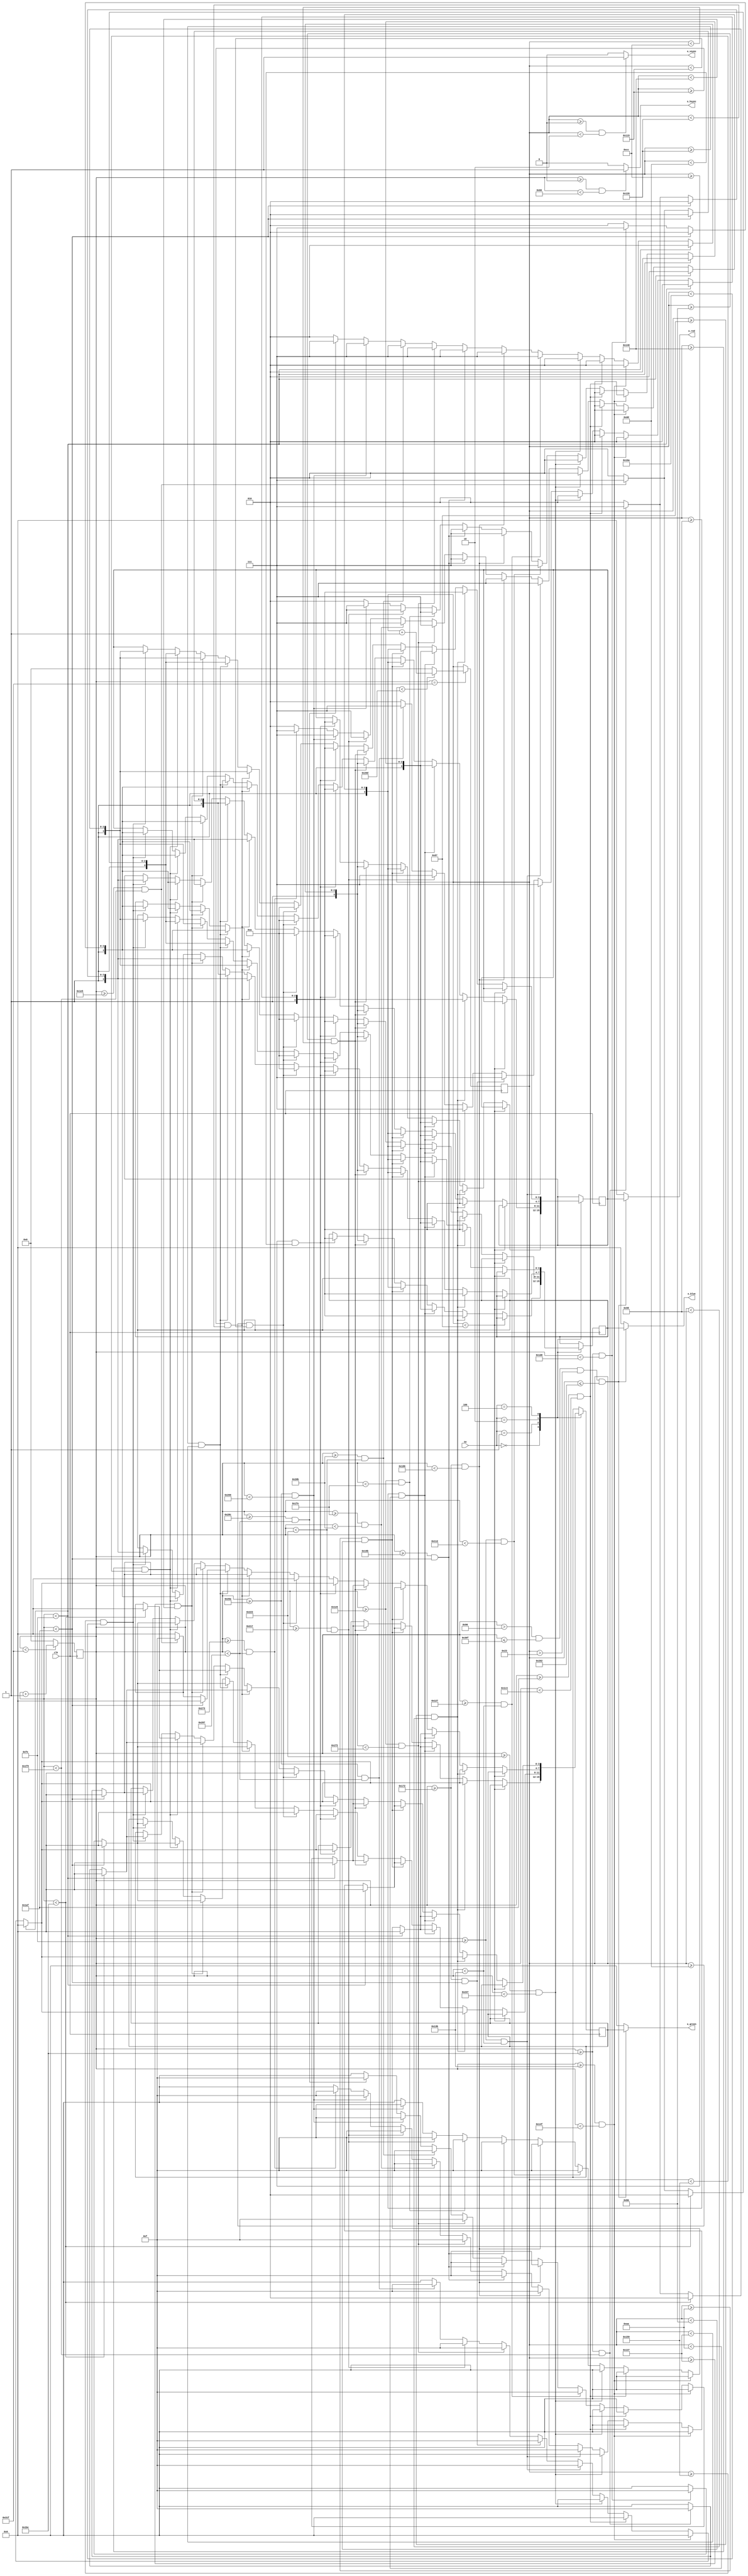
// all correlated to song number output visual on external monitor

`timescale 1ns / 1ps
//////////////////////////////////////////////////////////////////////////////////
// Company: 
// Engineer: 
// 
// Design Name: 
// Module Name: vga_out
// Project Name: 
// Target Devices: 
// Tool Versions: 
// Description: 
// 
// Dependencies: 
// 
// Revision:
// Revision 0.01 - File Created
// Additional Comments:
// 
//////////////////////////////////////////////////////////////////////////////////

module vga_out(

	input clk,         // 50 MHz
	input [3:0] sw,
	output o_hsync,      // horizontal sync
	output o_vsync,	     // vertical sync
	output [3:0] o_red,
	output [3:0] o_blue,
	output [3:0] o_green  
);

	reg [9:0] counter_x = 0;  // horizontal counter
	reg [9:0] counter_y = 0;  // vertical counter
	reg [3:0] r_red = 0;
	reg [3:0] r_blue = 0;
	reg [3:0] r_green = 0;
	
	reg reset = 0;  // for PLL
	
//	wire clk25MHz;

	/////////////////////////////////////////////////////////////////////////////////////////////////////////////////////////////////
	// clk divider 50 MHz to 25 MHz
	/*ip ip1(
		.areset(reset),
		.inclk0(clk),
		.c0(clk25MHz),
		.locked()
		); */
	/*clk_div #(1) clk25mhz
    (
    . top_clk(clk),
    . clock_out(clk25MHz)
    ); */
	// end clk divider 50 MHz to 25 MHz

	/////////////////////////////////////////////////////////////////////////////////////////////////////////////////////////////////
	// counter and sync generation
	always @(posedge clk)  // horizontal counter
		begin 
			if (counter_x < 799)
				counter_x <= counter_x + 1;  // horizontal counter (including off-screen horizontal 160 pixels) total of 800 pixels 
			else
				counter_x <= 0;              
		end  // always 
	
	always @ (posedge clk)  // vertical counter
		begin 
			if (counter_x == 799)  // only counts up 1 count after horizontal finishes 800 counts
				begin
					if (counter_y < 525)  // vertical counter (including off-screen vertical 45 pixels) total of 525 pixels
						counter_y <= counter_y + 1;
					else
						counter_y <= 0;              
				end  // if (counter_x...
		end  // always
	// end counter and sync generation  

	/////////////////////////////////////////////////////////////////////////////////////////////////////////////////////////////////
	// hsync and vsync output assignments
	assign o_hsync = (counter_x >= 0 && counter_x < 96) ? 1:0;  // hsync high for 96 counts                                                 
	assign o_vsync = (counter_y >= 0 && counter_y < 2) ? 1:0;   // vsync high for 2 counts
	// end hsync and vsync output assignments

	/////////////////////////////////////////////////////////////////////////////////////////////////////////////////////////////////
	// pattern generate
		always @ (posedge clk)
		begin
			////////////////////////////////////////////////////////////////////////////////////// SECTION 1
			case(sw)

            4'b0000: // SONG
                if(counter_y < 135)
			         begin
			         end
			     else if(counter_y >= 135 && counter_y < 152)
			         begin
			             if(counter_x < 254)
			                 begin
                                r_red <= 4'hA;    // other
                                r_blue <= 4'hA;
                                r_green <= 4'h0;
			                 end
			             else if(counter_x >= 315 && counter_x < 335)
			                 begin
                                r_red <= 4'hA;    // other
                                r_blue <= 4'hA;
                                r_green <= 4'h0;
			                 end
			             else if(counter_x >= 431 && counter_x < 451)
			                 begin
                                r_red <= 4'hA;    // other
                                r_blue <= 4'hA;
                                r_green <= 4'h0;
			                 end
			             else if(counter_x >= 547 && counter_x < 567)
			                 begin
                                r_red <= 4'hA;    // other
                                r_blue <= 4'hA;
                                r_green <= 4'h0;
			                 end
			             else if (counter_x >= 254 && counter_x < 315)
			                 begin
                                r_red <= 4'hF;    // white
                                r_blue <= 4'hF;
                                r_green <= 4'hF;
			                 end
			             else if(counter_x >= 370 && counter_x < 431)
			                 begin
                                r_red <= 4'hF;    // white
                                r_blue <= 4'hF;
                                r_green <= 4'hF;
			                 end
			             else if(counter_x >= 486 && counter_x < 498)
			                 begin
                                r_red <= 4'hF;    // white
                                r_blue <= 4'hF;
                                r_green <= 4'hF;
			                 end
			             else if(counter_x >= 535 && counter_x < 547)
			                 begin
                                r_red <= 4'hF;    // white
                                r_blue <= 4'hF;
                                r_green <= 4'hF;
			                 end
			             else if(counter_x >= 602 && counter_x < 663)
			                 begin
                                r_red <= 4'hF;    // white
                                r_blue <= 4'hF;
                                r_green <= 4'hF;
			                 end
			             else
			                 begin
                                r_red <= 4'hA;    // other
                                r_blue <= 4'hA;
                                r_green <= 4'h0;
			                 end
			         end
			     else if(counter_y >= 152 && counter_y < 170)
			         begin
			             if(counter_x < 254)
			                 begin
                                r_red <= 4'hA;    // other
                                r_blue <= 4'hA;
                                r_green <= 4'h0;
			                 end
			             else if(counter_x >= 315 && counter_x < 335)
			                 begin
                                r_red <= 4'hA;    // other
                                r_blue <= 4'hA;
                                r_green <= 4'h0;
			                 end
			             else if(counter_x >= 431 && counter_x < 451)
			                 begin
                                r_red <= 4'hA;    // other
                                r_blue <= 4'hA;
                                r_green <= 4'h0;
			                 end
			             else if(counter_x >= 547 && counter_x < 567)
			                 begin
                                r_red <= 4'hA;    // other
                                r_blue <= 4'hA;
                                r_green <= 4'h0;
			                 end			     
			             else if(counter_x >= 254 && counter_x < 274)
			                 begin
                                r_red <= 4'hF;    // white
                                r_blue <= 4'hF;
                                r_green <= 4'hF;
			                 end
			             else if(counter_x >= 370 && counter_x < 390)
			                 begin
                                r_red <= 4'hF;    // white
                                r_blue <= 4'hF;
                                r_green <= 4'hF;
			                 end
			             else if(counter_x >= 411 && counter_x < 431)
			                 begin
                                r_red <= 4'hF;    // white
                                r_blue <= 4'hF;
                                r_green <= 4'hF;
			                 end
			             else if(counter_x >= 486 && counter_x < 510)
			                 begin
                                r_red <= 4'hF;    // white
                                r_blue <= 4'hF;
                                r_green <= 4'hF;
			                 end
			             else if(counter_x >= 535 && counter_x < 547)
			                 begin
                                r_red <= 4'hF;    // white
                                r_blue <= 4'hF;
                                r_green <= 4'hF;
			                 end
			             else if(counter_x >= 602 && counter_x < 614)
			                 begin
                                r_red <= 4'hF;    // white
                                r_blue <= 4'hF;
                                r_green <= 4'hF;
			                 end
			             else 
			                 begin
                                r_red <= 4'hA;    // other
                                r_blue <= 4'hA;
                                r_green <= 4'h0;
			                 end
			         end
			     else if(counter_y >= 170 && counter_y < 187)
			         begin
			             if(counter_x < 254)
			                 begin
                                r_red <= 4'hA;    // other
                                r_blue <= 4'hA;
                                r_green <= 4'h0;
			                 end
			             else if(counter_x >= 315 && counter_x < 335)
			                 begin
                                r_red <= 4'hA;    // other
                                r_blue <= 4'hA;
                                r_green <= 4'h0;
			                 end
			             else if(counter_x >= 431 && counter_x < 451)
			                 begin
                                r_red <= 4'hA;    // other
                                r_blue <= 4'hA;
                                r_green <= 4'h0;
			                 end
			             else if(counter_x >= 547 && counter_x < 567)
			                 begin
                                r_red <= 4'hA;    // other
                                r_blue <= 4'hA;
                                r_green <= 4'h0;
			                 end			    
			             else if(counter_x >= 254 && counter_x < 315)
			                 begin
                                r_red <= 4'hF;    // white
                                r_blue <= 4'hF;
                                r_green <= 4'hF;
			                 end
			             else if(counter_x >= 370 && counter_x < 390)
			                 begin
                                r_red <= 4'hF;    // white
                                r_blue <= 4'hF;
                                r_green <= 4'hF;
			                 end   
			             else if(counter_x >= 411 && counter_x < 431)
			                 begin
                                r_red <= 4'hF;    // white
                                r_blue <= 4'hF;
                                r_green <= 4'hF;
			                 end
			             else if(counter_x >= 486 && counter_x < 498)
			                 begin
                                r_red <= 4'hF;    // white
                                r_blue <= 4'hF;
                                r_green <= 4'hF;
			                 end
			             else if(counter_x >= 510 && counter_x < 523)
			                 begin
                                r_red <= 4'hF;    // white
                                r_blue <= 4'hF;
                                r_green <= 4'hF;
			                 end
			             else if(counter_x >= 535 && counter_x < 547)
			                 begin
                                r_red <= 4'hF;    // white
                                r_blue <= 4'hF;
                                r_green <= 4'hF;
			                 end
			             else if(counter_x >= 602 && counter_x < 614)
			                 begin
                                r_red <= 4'hF;    // white
                                r_blue <= 4'hF;
                                r_green <= 4'hF;
			                 end
			             else if(counter_x >= 627 && counter_x < 663)
			                 begin
                                r_red <= 4'hF;    // white
                                r_blue <= 4'hF;
                                r_green <= 4'hF;
			                 end
			             else
			                 begin
                                r_red <= 4'hA;    // other
                                r_blue <= 4'hA;
                                r_green <= 4'h0;
			                 end
			         end 
			     else if(counter_y >= 187 && counter_y < 204)
			         begin
			             if(counter_x < 254)
			                 begin
                                r_red <= 4'hA;    // other
                                r_blue <= 4'hA;
                                r_green <= 4'h0;
			                 end
			             else if(counter_x >= 315 && counter_x < 335)
			                 begin
                                r_red <= 4'hA;    // other
                                r_blue <= 4'hA;
                                r_green <= 4'h0;
			                 end
			             else if(counter_x >= 431 && counter_x < 451)
			                 begin
                                r_red <= 4'hA;    // other
                                r_blue <= 4'hA;
                                r_green <= 4'h0;
			                 end
			             else if(counter_x >= 547 && counter_x < 567)
			                 begin
                                r_red <= 4'hA;    // other
                                r_blue <= 4'hA;
                                r_green <= 4'h0;
			                 end			    
			             else if(counter_x >= 295 && counter_x < 315)
			                 begin
                                r_red <= 4'hF;    // white
                                r_blue <= 4'hF;
                                r_green <= 4'hF;
			                 end
			             else if(counter_x >= 370 && counter_x < 390)
			                 begin
                                r_red <= 4'hF;    // white
                                r_blue <= 4'hF;
                                r_green <= 4'hF;
			                 end
			             else if(counter_x >= 411 && counter_x < 431)
			                 begin
                                r_red <= 4'hF;    // white
                                r_blue <= 4'hF;
                                r_green <= 4'hF;
			                 end
			             else if(counter_x >= 486 && counter_x < 498)
			                 begin
                                r_red <= 4'hF;    // white
                                r_blue <= 4'hF;
                                r_green <= 4'hF;
			                 end
			             else if(counter_x >= 523 && counter_x < 547)
			                 begin
                                r_red <= 4'hF;    // white
                                r_blue <= 4'hF;
                                r_green <= 4'hF;
			                 end
			             else if(counter_x >= 602 && counter_x < 614)
			                 begin
                                r_red <= 4'hF;    // white
                                r_blue <= 4'hF;
                                r_green <= 4'hF;
			                 end
			             else if(counter_x >= 652 && counter_x < 663)
			                 begin 
                                r_red <= 4'hF;    // white
                                r_blue <= 4'hF;
                                r_green <= 4'hF;
			                 end
			             else
			                 begin
                                r_red <= 4'hA;    // other
                                r_blue <= 4'hA;
                                r_green <= 4'h0;			                 
			                 end
			         end
			     else if(counter_y >= 204 && counter_y < 221)
			         begin
			             if(counter_x < 254)
			                 begin
                                r_red <= 4'hA;    // other
                                r_blue <= 4'hA;
                                r_green <= 4'h0;			                 
			                 end
			             else if(counter_x >= 315 && counter_x < 335)
			                 begin
                                r_red <= 4'hA;    // other
                                r_blue <= 4'hA;
                                r_green <= 4'h0;			                 end
			             else if(counter_x >= 431 && counter_x < 451)
			                 begin
                                r_red <= 4'hA;    // other
                                r_blue <= 4'hA;
                                r_green <= 4'h0;			                 
			                 end
			             else if(counter_x >= 547 && counter_x < 567)
			                 begin
                                r_red <= 4'hA;    // other
                                r_blue <= 4'hA;
                                r_green <= 4'h0;
			                 end			
			             else if(counter_x >= 254 && counter_x < 315)
			                 begin
                                r_red <= 4'hF;    // white
                                r_blue <= 4'hF;
                                r_green <= 4'hF;
			                 end
			             else if(counter_x >= 370 && counter_x < 431)
			                 begin
                                r_red <= 4'hF;    // white
                                r_blue <= 4'hF;
                                r_green <= 4'hF;
			                 end             
			             else if(counter_x >= 486 && counter_x < 498)
			                 begin
                                r_red <= 4'hF;    // white
                                r_blue <= 4'hF;
                                r_green <= 4'hF;
			                 end
			             else if(counter_x >= 535 && counter_x < 547)
			                 begin
                                r_red <= 4'hF;    // white
                                r_blue <= 4'hF;
                                r_green <= 4'hF;
			                 end
			             else if( counter_x >= 602 && counter_x < 663)
			                 begin 
                                r_red <= 4'hF;    // white
                                r_blue <= 4'hF;
                                r_green <= 4'hF;
			                 end
			             else
			                 begin
                                r_red <= 4'hA;    // other
                                r_blue <= 4'hA;
                                r_green <= 4'h0;
			                 end
			         end



4'b0001: // SONG 1

			     if(counter_y < 135)
			         begin
			         end
			     else if(counter_y >= 135 && counter_y < 152)
			         begin
			             if(counter_x < 254)
			                 begin
                                r_red <= 4'hA;    // other
                                r_blue <= 4'hA;
                                r_green <= 4'h0;
			                 end
			             else if(counter_x >= 315 && counter_x < 335)
			                 begin
                                r_red <= 4'hA;    // other
                                r_blue <= 4'hA;
                                r_green <= 4'h0;
			                 end
			             else if(counter_x >= 431 && counter_x < 451)
			                 begin
                                r_red <= 4'hA;    // other
                                r_blue <= 4'hA;
                                r_green <= 4'h0;
			                 end
			             else if(counter_x >= 547 && counter_x < 567)
			                 begin
                                r_red <= 4'hA;    // other
                                r_blue <= 4'hA;
                                r_green <= 4'h0;
			                 end
			             else if (counter_x >= 254 && counter_x < 315)
			                 begin
                                r_red <= 4'hF;    // white
                                r_blue <= 4'hF;
                                r_green <= 4'hF;
			                 end
			             else if(counter_x >= 370 && counter_x < 431)
			                 begin
                                r_red <= 4'hF;    // white
                                r_blue <= 4'hF;
                                r_green <= 4'hF;
			                 end
			             else if(counter_x >= 486 && counter_x < 498)
			                 begin
                                r_red <= 4'hF;    // white
                                r_blue <= 4'hF;
                                r_green <= 4'hF;
			                 end
			             else if(counter_x >= 535 && counter_x < 547)
			                 begin
                                r_red <= 4'hF;    // white
                                r_blue <= 4'hF;
                                r_green <= 4'hF;
			                 end
			             else if(counter_x >= 602 && counter_x < 663)
			                 begin
                                r_red <= 4'hF;    // white
                                r_blue <= 4'hF;
                                r_green <= 4'hF;
			                 end
			             else
			                 begin
                                r_red <= 4'hA;    // other
                                r_blue <= 4'hA;
                                r_green <= 4'h0;
			                 end
			         end
			     else if(counter_y >= 152 && counter_y < 170)
			         begin
			             if(counter_x < 254)
			                 begin
                                r_red <= 4'hA;    // other
                                r_blue <= 4'hA;
                                r_green <= 4'h0;
			                 end
			             else if(counter_x >= 315 && counter_x < 335)
			                 begin
                                r_red <= 4'hA;    // other
                                r_blue <= 4'hA;
                                r_green <= 4'h0;
			                 end
			             else if(counter_x >= 431 && counter_x < 451)
			                 begin
                                r_red <= 4'hA;    // other
                                r_blue <= 4'hA;
                                r_green <= 4'h0;
			                 end
			             else if(counter_x >= 547 && counter_x < 567)
			                 begin
                                r_red <= 4'hA;    // other
                                r_blue <= 4'hA;
                                r_green <= 4'h0;
			                 end			     
			             else if(counter_x >= 254 && counter_x < 274)
			                 begin
                                r_red <= 4'hF;    // white
                                r_blue <= 4'hF;
                                r_green <= 4'hF;
			                 end
			             else if(counter_x >= 370 && counter_x < 390)
			                 begin
                                r_red <= 4'hF;    // white
                                r_blue <= 4'hF;
                                r_green <= 4'hF;
			                 end
			             else if(counter_x >= 411 && counter_x < 431)
			                 begin
                                r_red <= 4'hF;    // white
                                r_blue <= 4'hF;
                                r_green <= 4'hF;
			                 end
			             else if(counter_x >= 486 && counter_x < 510)
			                 begin
                                r_red <= 4'hF;    // white
                                r_blue <= 4'hF;
                                r_green <= 4'hF;
			                 end
			             else if(counter_x >= 535 && counter_x < 547)
			                 begin
                                r_red <= 4'hF;    // white
                                r_blue <= 4'hF;
                                r_green <= 4'hF;
			                 end
			             else if(counter_x >= 602 && counter_x < 614)
			                 begin
                                r_red <= 4'hF;    // white
                                r_blue <= 4'hF;
                                r_green <= 4'hF;
			                 end
			             else 
			                 begin
                                r_red <= 4'hA;    // other
                                r_blue <= 4'hA;
                                r_green <= 4'h0;
			                 end
			         end
			     else if(counter_y >= 170 && counter_y < 187)
			         begin
			             if(counter_x < 254)
			                 begin
                                r_red <= 4'hA;    // other
                                r_blue <= 4'hA;
                                r_green <= 4'h0;
			                 end
			             else if(counter_x >= 315 && counter_x < 335)
			                 begin
                                r_red <= 4'hA;    // other
                                r_blue <= 4'hA;
                                r_green <= 4'h0;
			                 end
			             else if(counter_x >= 431 && counter_x < 451)
			                 begin
                                r_red <= 4'hA;    // other
                                r_blue <= 4'hA;
                                r_green <= 4'h0;
			                 end
			             else if(counter_x >= 547 && counter_x < 567)
			                 begin
                                r_red <= 4'hA;    // other
                                r_blue <= 4'hA;
                                r_green <= 4'h0;
			                 end			    
			             else if(counter_x >= 254 && counter_x < 315)
			                 begin
                                r_red <= 4'hF;    // white
                                r_blue <= 4'hF;
                                r_green <= 4'hF;
			                 end
			             else if(counter_x >= 370 && counter_x < 390)
			                 begin
                                r_red <= 4'hF;    // white
                                r_blue <= 4'hF;
                                r_green <= 4'hF;
			                 end   
			             else if(counter_x >= 411 && counter_x < 431)
			                 begin
                                r_red <= 4'hF;    // white
                                r_blue <= 4'hF;
                                r_green <= 4'hF;
			                 end
			             else if(counter_x >= 486 && counter_x < 498)
			                 begin
                                r_red <= 4'hF;    // white
                                r_blue <= 4'hF;
                                r_green <= 4'hF;
			                 end
			             else if(counter_x >= 510 && counter_x < 523)
			                 begin
                                r_red <= 4'hF;    // white
                                r_blue <= 4'hF;
                                r_green <= 4'hF;
			                 end
			             else if(counter_x >= 535 && counter_x < 547)
			                 begin
                                r_red <= 4'hF;    // white
                                r_blue <= 4'hF;
                                r_green <= 4'hF;
			                 end
			             else if(counter_x >= 602 && counter_x < 614)
			                 begin
                                r_red <= 4'hF;    // white
                                r_blue <= 4'hF;
                                r_green <= 4'hF;
			                 end
			             else if(counter_x >= 627 && counter_x < 663)
			                 begin
                                r_red <= 4'hF;    // white
                                r_blue <= 4'hF;
                                r_green <= 4'hF;
			                 end
			             else
			                 begin
                                r_red <= 4'hA;    // other
                                r_blue <= 4'hA;
                                r_green <= 4'h0;
			                 end
			         end 
			     else if(counter_y >= 187 && counter_y < 204)
			         begin
			             if(counter_x < 254)
			                 begin
                                r_red <= 4'hA;    // other
                                r_blue <= 4'hA;
                                r_green <= 4'h0;
			                 end
			             else if(counter_x >= 315 && counter_x < 335)
			                 begin
                                r_red <= 4'hA;    // other
                                r_blue <= 4'hA;
                                r_green <= 4'h0;
			                 end
			             else if(counter_x >= 431 && counter_x < 451)
			                 begin
                                r_red <= 4'hA;    // other
                                r_blue <= 4'hA;
                                r_green <= 4'h0;
			                 end
			             else if(counter_x >= 547 && counter_x < 567)
			                 begin
                                r_red <= 4'hA;    // other
                                r_blue <= 4'hA;
                                r_green <= 4'h0;
			                 end			    
			             else if(counter_x >= 295 && counter_x < 315)
			                 begin
                                r_red <= 4'hF;    // white
                                r_blue <= 4'hF;
                                r_green <= 4'hF;
			                 end
			             else if(counter_x >= 370 && counter_x < 390)
			                 begin
                                r_red <= 4'hF;    // white
                                r_blue <= 4'hF;
                                r_green <= 4'hF;
			                 end
			             else if(counter_x >= 411 && counter_x < 431)
			                 begin
                                r_red <= 4'hF;    // white
                                r_blue <= 4'hF;
                                r_green <= 4'hF;
			                 end
			             else if(counter_x >= 486 && counter_x < 498)
			                 begin
                                r_red <= 4'hF;    // white
                                r_blue <= 4'hF;
                                r_green <= 4'hF;
			                 end
			             else if(counter_x >= 523 && counter_x < 547)
			                 begin
                                r_red <= 4'hF;    // white
                                r_blue <= 4'hF;
                                r_green <= 4'hF;
			                 end
			             else if(counter_x >= 602 && counter_x < 614)
			                 begin
                                r_red <= 4'hF;    // white
                                r_blue <= 4'hF;
                                r_green <= 4'hF;
			                 end
			             else if(counter_x >= 652 && counter_x < 663)
			                 begin 
                                r_red <= 4'hF;    // white
                                r_blue <= 4'hF;
                                r_green <= 4'hF;
			                 end
			             else
			                 begin
                                r_red <= 4'hA;    // other
                                r_blue <= 4'hA;
                                r_green <= 4'h0;			                 
			                 end
			         end
			     else if(counter_y >= 204 && counter_y < 221)
			         begin
			             if(counter_x < 254)
			                 begin
                                r_red <= 4'hA;    // other
                                r_blue <= 4'hA;
                                r_green <= 4'h0;			                 
			                 end
			             else if(counter_x >= 315 && counter_x < 335)
			                 begin
                                r_red <= 4'hA;    // other
                                r_blue <= 4'hA;
                                r_green <= 4'h0;			                 end
			             else if(counter_x >= 431 && counter_x < 451)
			                 begin
                                r_red <= 4'hA;    // other
                                r_blue <= 4'hA;
                                r_green <= 4'h0;			                 
			                 end
			             else if(counter_x >= 547 && counter_x < 567)
			                 begin
                                r_red <= 4'hA;    // other
                                r_blue <= 4'hA;
                                r_green <= 4'h0;
			                 end			
			             else if(counter_x >= 254 && counter_x < 315)
			                 begin
                                r_red <= 4'hF;    // white
                                r_blue <= 4'hF;
                                r_green <= 4'hF;
			                 end
			             else if(counter_x >= 370 && counter_x < 431)
			                 begin
                                r_red <= 4'hF;    // white
                                r_blue <= 4'hF;
                                r_green <= 4'hF;
			                 end             
			             else if(counter_x >= 486 && counter_x < 498)
			                 begin
                                r_red <= 4'hF;    // white
                                r_blue <= 4'hF;
                                r_green <= 4'hF;
			                 end
			             else if(counter_x >= 535 && counter_x < 547)
			                 begin
                                r_red <= 4'hF;    // white
                                r_blue <= 4'hF;
                                r_green <= 4'hF;
			                 end
			             else if( counter_x >= 602 && counter_x < 663)
			                 begin 
                                r_red <= 4'hF;    // white
                                r_blue <= 4'hF;
                                r_green <= 4'hF;
			                 end
			             else
			                 begin
                                r_red <= 4'hA;    // other
                                r_blue <= 4'hA;
                                r_green <= 4'h0;
			                 end
			         end   
			  else if(counter_y >= 221 && counter_y < 277)
                    begin 
                                r_red <= 4'hA;    // other
                                r_blue <= 4'hA;
                                r_green <= 4'h0;                          
                    end    
             else if(counter_y >= 277 && counter_y < 294)
                    begin
                        if(counter_x < 431) 
                            begin
                                r_red <= 4'hA;    // other
                                r_blue <= 4'hA;
                                r_green <= 4'h0;
                            end
                        else if(counter_x >= 444 && counter_x < 464)
                            begin
                                r_red <= 4'hF;    // white
                                r_blue <= 4'hF;
                                r_green <= 4'hF;
                            end  
                        else
                            begin
                                r_red <= 4'hA;    // other
                                r_blue <= 4'hA;
                                r_green <= 4'h0;
                            end
                    end
              else if(counter_y >= 294 && counter_y < 311)
                    begin
                        if(counter_x < 431)
                            begin
                                r_red <= 4'hA;    // other
                                r_blue <= 4'hA;
                                r_green <= 4'h0;
                            end
                        else if(counter_x >= 444 && counter_x < 464)
                            begin
                                r_red <= 4'hF;    // white
                                r_blue <= 4'hF;
                                r_green <= 4'hF;
                            end
                        else
                            begin
                                r_red <= 4'hA;    // other
                                r_blue <= 4'hA;
                                r_green <= 4'h0;
                            end
                    end
              else if(counter_y >= 311 && counter_y < 328)
                    begin
                        if(counter_x < 431)
                            begin
                                r_red <= 4'hA;    // other
                                r_blue <= 4'hA;
                                r_green <= 4'h0;
                            end
                        else if(counter_x >= 444 && counter_x < 464)
                            begin
                                r_red <= 4'hF;    // white
                                r_blue <= 4'hF;
                                r_green <= 4'hF;
                            end                 
                        else
                            begin
                                r_red <= 4'hA;    // other
                                r_blue <= 4'hA;
                                r_green <= 4'h0;                            
                            end   
                    end
              else if(counter_y >= 328 && counter_y < 345)
                begin
                        if(counter_x < 431)
                            begin
                                r_red <= 4'hA;    // other
                                r_blue <= 4'hA;
                                r_green <= 4'h0;
                            end
                        else if(counter_x >= 444 && counter_x < 464)
                            begin
                                r_red <= 4'hF;    // white
                                r_blue <= 4'hF;
                                r_green <= 4'hF;                            
                            end                
                        else
                            begin
                                r_red <= 4'hA;    // other
                                r_blue <= 4'hA;
                                r_green <= 4'h0;
                            end
                end
             else if(counter_y >= 345 && counter_y < 362)
                begin
                        if(counter_x < 431)
                            begin
                                r_red <= 4'hA;    // other
                                r_blue <= 4'hA;
                                r_green <= 4'h0;
                            end
                        else if(counter_x >= 444 && counter_x < 464)
                            begin
                                r_red <= 4'hF;    // white
                                r_blue <= 4'hF;
                                r_green <= 4'hF;
                            end
                        else
                            begin
                                r_red <= 4'hA;    // other
                                r_blue <= 4'hA;
                                r_green <= 4'h0;
                            end
                end

4'b0010: // SONG 2

			     if(counter_y < 135)
			         begin
			         end
			     else if(counter_y >= 135 && counter_y < 152)
			         begin
			             if(counter_x < 254)
			                 begin
                                r_red <= 4'hA;    // other
                                r_blue <= 4'hA;
                                r_green <= 4'h0;
			                 end
			             else if(counter_x >= 315 && counter_x < 335)
			                 begin
                                r_red <= 4'hA;    // other
                                r_blue <= 4'hA;
                                r_green <= 4'h0;
			                 end
			             else if(counter_x >= 431 && counter_x < 451)
			                 begin
                                r_red <= 4'hA;    // other
                                r_blue <= 4'hA;
                                r_green <= 4'h0;
			                 end
			             else if(counter_x >= 547 && counter_x < 567)
			                 begin
                                r_red <= 4'hA;    // other
                                r_blue <= 4'hA;
                                r_green <= 4'h0;
			                 end
			             else if (counter_x >= 254 && counter_x < 315)
			                 begin
                                r_red <= 4'hF;    // white
                                r_blue <= 4'hF;
                                r_green <= 4'hF;
			                 end
			             else if(counter_x >= 370 && counter_x < 431)
			                 begin
                                r_red <= 4'hF;    // white
                                r_blue <= 4'hF;
                                r_green <= 4'hF;
			                 end
			             else if(counter_x >= 486 && counter_x < 498)
			                 begin
                                r_red <= 4'hF;    // white
                                r_blue <= 4'hF;
                                r_green <= 4'hF;
			                 end
			             else if(counter_x >= 535 && counter_x < 547)
			                 begin
                                r_red <= 4'hF;    // white
                                r_blue <= 4'hF;
                                r_green <= 4'hF;
			                 end
			             else if(counter_x >= 602 && counter_x < 663)
			                 begin
                                r_red <= 4'hF;    // white
                                r_blue <= 4'hF;
                                r_green <= 4'hF;
			                 end
			             else
			                 begin
                                r_red <= 4'hA;    // other
                                r_blue <= 4'hA;
                                r_green <= 4'h0;
			                 end
			         end
			     else if(counter_y >= 152 && counter_y < 170)
			         begin
			             if(counter_x < 254)
			                 begin
                                r_red <= 4'hA;    // other
                                r_blue <= 4'hA;
                                r_green <= 4'h0;
			                 end
			             else if(counter_x >= 315 && counter_x < 335)
			                 begin
                                r_red <= 4'hA;    // other
                                r_blue <= 4'hA;
                                r_green <= 4'h0;
			                 end
			             else if(counter_x >= 431 && counter_x < 451)
			                 begin
                                r_red <= 4'hA;    // other
                                r_blue <= 4'hA;
                                r_green <= 4'h0;
			                 end
			             else if(counter_x >= 547 && counter_x < 567)
			                 begin
                                r_red <= 4'hA;    // other
                                r_blue <= 4'hA;
                                r_green <= 4'h0;
			                 end			     
			             else if(counter_x >= 254 && counter_x < 274)
			                 begin
                                r_red <= 4'hF;    // white
                                r_blue <= 4'hF;
                                r_green <= 4'hF;
			                 end
			             else if(counter_x >= 370 && counter_x < 390)
			                 begin
                                r_red <= 4'hF;    // white
                                r_blue <= 4'hF;
                                r_green <= 4'hF;
			                 end
			             else if(counter_x >= 411 && counter_x < 431)
			                 begin
                                r_red <= 4'hF;    // white
                                r_blue <= 4'hF;
                                r_green <= 4'hF;
			                 end
			             else if(counter_x >= 486 && counter_x < 510)
			                 begin
                                r_red <= 4'hF;    // white
                                r_blue <= 4'hF;
                                r_green <= 4'hF;
			                 end
			             else if(counter_x >= 535 && counter_x < 547)
			                 begin
                                r_red <= 4'hF;    // white
                                r_blue <= 4'hF;
                                r_green <= 4'hF;
			                 end
			             else if(counter_x >= 602 && counter_x < 614)
			                 begin
                                r_red <= 4'hF;    // white
                                r_blue <= 4'hF;
                                r_green <= 4'hF;
			                 end
			             else 
			                 begin
                                r_red <= 4'hA;    // other
                                r_blue <= 4'hA;
                                r_green <= 4'h0;
			                 end
			         end
			     else if(counter_y >= 170 && counter_y < 187)
			         begin
			             if(counter_x < 254)
			                 begin
                                r_red <= 4'hA;    // other
                                r_blue <= 4'hA;
                                r_green <= 4'h0;
			                 end
			             else if(counter_x >= 315 && counter_x < 335)
			                 begin
                                r_red <= 4'hA;    // other
                                r_blue <= 4'hA;
                                r_green <= 4'h0;
			                 end
			             else if(counter_x >= 431 && counter_x < 451)
			                 begin
                                r_red <= 4'hA;    // other
                                r_blue <= 4'hA;
                                r_green <= 4'h0;
			                 end
			             else if(counter_x >= 547 && counter_x < 567)
			                 begin
                                r_red <= 4'hA;    // other
                                r_blue <= 4'hA;
                                r_green <= 4'h0;
			                 end			    
			             else if(counter_x >= 254 && counter_x < 315)
			                 begin
                                r_red <= 4'hF;    // white
                                r_blue <= 4'hF;
                                r_green <= 4'hF;
			                 end
			             else if(counter_x >= 370 && counter_x < 390)
			                 begin
                                r_red <= 4'hF;    // white
                                r_blue <= 4'hF;
                                r_green <= 4'hF;
			                 end   
			             else if(counter_x >= 411 && counter_x < 431)
			                 begin
                                r_red <= 4'hF;    // white
                                r_blue <= 4'hF;
                                r_green <= 4'hF;
			                 end
			             else if(counter_x >= 486 && counter_x < 498)
			                 begin
                                r_red <= 4'hF;    // white
                                r_blue <= 4'hF;
                                r_green <= 4'hF;
			                 end
			             else if(counter_x >= 510 && counter_x < 523)
			                 begin
                                r_red <= 4'hF;    // white
                                r_blue <= 4'hF;
                                r_green <= 4'hF;
			                 end
			             else if(counter_x >= 535 && counter_x < 547)
			                 begin
                                r_red <= 4'hF;    // white
                                r_blue <= 4'hF;
                                r_green <= 4'hF;
			                 end
			             else if(counter_x >= 602 && counter_x < 614)
			                 begin
                                r_red <= 4'hF;    // white
                                r_blue <= 4'hF;
                                r_green <= 4'hF;
			                 end
			             else if(counter_x >= 627 && counter_x < 663)
			                 begin
                                r_red <= 4'hF;    // white
                                r_blue <= 4'hF;
                                r_green <= 4'hF;
			                 end
			             else
			                 begin
                                r_red <= 4'hA;    // other
                                r_blue <= 4'hA;
                                r_green <= 4'h0;
			                 end
			         end 
			     else if(counter_y >= 187 && counter_y < 204)
			         begin
			             if(counter_x < 254)
			                 begin
                                r_red <= 4'hA;    // other
                                r_blue <= 4'hA;
                                r_green <= 4'h0;
			                 end
			             else if(counter_x >= 315 && counter_x < 335)
			                 begin
                                r_red <= 4'hA;    // other
                                r_blue <= 4'hA;
                                r_green <= 4'h0;
			                 end
			             else if(counter_x >= 431 && counter_x < 451)
			                 begin
                                r_red <= 4'hA;    // other
                                r_blue <= 4'hA;
                                r_green <= 4'h0;
			                 end
			             else if(counter_x >= 547 && counter_x < 567)
			                 begin
                                r_red <= 4'hA;    // other
                                r_blue <= 4'hA;
                                r_green <= 4'h0;
			                 end			    
			             else if(counter_x >= 295 && counter_x < 315)
			                 begin
                                r_red <= 4'hF;    // white
                                r_blue <= 4'hF;
                                r_green <= 4'hF;
			                 end
			             else if(counter_x >= 370 && counter_x < 390)
			                 begin
                                r_red <= 4'hF;    // white
                                r_blue <= 4'hF;
                                r_green <= 4'hF;
			                 end
			             else if(counter_x >= 411 && counter_x < 431)
			                 begin
                                r_red <= 4'hF;    // white
                                r_blue <= 4'hF;
                                r_green <= 4'hF;
			                 end
			             else if(counter_x >= 486 && counter_x < 498)
			                 begin
                                r_red <= 4'hF;    // white
                                r_blue <= 4'hF;
                                r_green <= 4'hF;
			                 end
			             else if(counter_x >= 523 && counter_x < 547)
			                 begin
                                r_red <= 4'hF;    // white
                                r_blue <= 4'hF;
                                r_green <= 4'hF;
			                 end
			             else if(counter_x >= 602 && counter_x < 614)
			                 begin
                                r_red <= 4'hF;    // white
                                r_blue <= 4'hF;
                                r_green <= 4'hF;
			                 end
			             else if(counter_x >= 652 && counter_x < 663)
			                 begin 
                                r_red <= 4'hF;    // white
                                r_blue <= 4'hF;
                                r_green <= 4'hF;
			                 end
			             else
			                 begin
                                r_red <= 4'hA;    // other
                                r_blue <= 4'hA;
                                r_green <= 4'h0;			                 
			                 end
			         end
			     else if(counter_y >= 204 && counter_y < 221)
			         begin
			             if(counter_x < 254)
			                 begin
                                r_red <= 4'hA;    // other
                                r_blue <= 4'hA;
                                r_green <= 4'h0;			                 
			                 end
			             else if(counter_x >= 315 && counter_x < 335)
			                 begin
                                r_red <= 4'hA;    // other
                                r_blue <= 4'hA;
                                r_green <= 4'h0;			                 end
			             else if(counter_x >= 431 && counter_x < 451)
			                 begin
                                r_red <= 4'hA;    // other
                                r_blue <= 4'hA;
                                r_green <= 4'h0;			                 
			                 end
			             else if(counter_x >= 547 && counter_x < 567)
			                 begin
                                r_red <= 4'hA;    // other
                                r_blue <= 4'hA;
                                r_green <= 4'h0;
			                 end			
			             else if(counter_x >= 254 && counter_x < 315)
			                 begin
                                r_red <= 4'hF;    // white
                                r_blue <= 4'hF;
                                r_green <= 4'hF;
			                 end
			             else if(counter_x >= 370 && counter_x < 431)
			                 begin
                                r_red <= 4'hF;    // white
                                r_blue <= 4'hF;
                                r_green <= 4'hF;
			                 end             
			             else if(counter_x >= 486 && counter_x < 498)
			                 begin
                                r_red <= 4'hF;    // white
                                r_blue <= 4'hF;
                                r_green <= 4'hF;
			                 end
			             else if(counter_x >= 535 && counter_x < 547)
			                 begin
                                r_red <= 4'hF;    // white
                                r_blue <= 4'hF;
                                r_green <= 4'hF;
			                 end
			             else if( counter_x >= 602 && counter_x < 663)
			                 begin 
                                r_red <= 4'hF;    // white
                                r_blue <= 4'hF;
                                r_green <= 4'hF;
			                 end
			             else
			                 begin
                                r_red <= 4'hA;    // other
                                r_blue <= 4'hA;
                                r_green <= 4'h0;
			                 end
			         end   
			  else if(counter_y >= 221 && counter_y < 277)
                    begin 
                                r_red <= 4'hA;    // other
                                r_blue <= 4'hA;
                                r_green <= 4'h0;                          
                    end    
             else if(counter_y >= 277 && counter_y < 294)
                    begin
                        if(counter_x < 431) 
                            begin
                                r_red <= 4'hA;    // other
                                r_blue <= 4'hA;
                                r_green <= 4'h0;
                            end
                        else if(counter_x >= 444 && counter_x < 505)
                            begin
                                r_red <= 4'hF;    // white
                                r_blue <= 4'hF;
                                r_green <= 4'hF;
                            end  
                        else
                            begin
                                r_red <= 4'hA;    // other
                                r_blue <= 4'hA;
                                r_green <= 4'h0;
                            end
                    end
              else if(counter_y >= 294 && counter_y < 311)
                    begin
                        if(counter_x < 431)
                            begin
                                r_red <= 4'hA;    // other
                                r_blue <= 4'hA;
                                r_green <= 4'h0;
                            end
                        else if(counter_x >= 485 && counter_x < 505)
                            begin
                                r_red <= 4'hF;    // white
                                r_blue <= 4'hF;
                                r_green <= 4'hF;
                            end
                        else
                            begin
                                r_red <= 4'hA;    // other
                                r_blue <= 4'hA;
                                r_green <= 4'h0;
                            end
                    end
              else if(counter_y >= 311 && counter_y < 328)
                    begin
                        if(counter_x < 431)
                            begin
                                r_red <= 4'hA;    // other
                                r_blue <= 4'hA;
                                r_green <= 4'h0;
                            end
                        else if(counter_x >= 444 && counter_x < 505)
                            begin
                                r_red <= 4'hF;    // white
                                r_blue <= 4'hF;
                                r_green <= 4'hF;
                            end                 
                        else
                            begin
                                r_red <= 4'hA;    // other
                                r_blue <= 4'hA;
                                r_green <= 4'h0;                            
                            end   
                    end
              else if(counter_y >= 328 && counter_y < 345)
                begin
                        if(counter_x < 431)
                            begin
                                r_red <= 4'hA;    // other
                                r_blue <= 4'hA;
                                r_green <= 4'h0;
                            end
                        else if(counter_x >= 444 && counter_x < 464)
                            begin
                                r_red <= 4'hF;    // white
                                r_blue <= 4'hF;
                                r_green <= 4'hF;                            
                            end                
                        else
                            begin
                                r_red <= 4'hA;    // other
                                r_blue <= 4'hA;
                                r_green <= 4'h0;
                            end
                end
             else if(counter_y >= 345 && counter_y < 362)
                begin
                        if(counter_x < 431)
                            begin
                                r_red <= 4'hA;    // other
                                r_blue <= 4'hA;
                                r_green <= 4'h0;
                            end
                        else if(counter_x >= 444 && counter_x < 505)
                            begin
                                r_red <= 4'hF;    // white
                                r_blue <= 4'hF;
                                r_green <= 4'hF;
                            end
                        else
                            begin
                                r_red <= 4'hA;    // other
                                r_blue <= 4'hA;
                                r_green <= 4'h0;
                            end
                end
4'b0100: // SONG 3
			     if(counter_y < 135)
			         begin
			         end
			     else if(counter_y >= 135 && counter_y < 152)
			         begin
			             if(counter_x < 254)
			                 begin
                                r_red <= 4'hA;    // other
                                r_blue <= 4'hA;
                                r_green <= 4'h0;
			                 end
			             else if(counter_x >= 315 && counter_x < 335)
			                 begin
                                r_red <= 4'hA;    // other
                                r_blue <= 4'hA;
                                r_green <= 4'h0;
			                 end
			             else if(counter_x >= 431 && counter_x < 451)
			                 begin
                                r_red <= 4'hA;    // other
                                r_blue <= 4'hA;
                                r_green <= 4'h0;
			                 end
			             else if(counter_x >= 547 && counter_x < 567)
			                 begin
                                r_red <= 4'hA;    // other
                                r_blue <= 4'hA;
                                r_green <= 4'h0;
			                 end
			             else if (counter_x >= 254 && counter_x < 315)
			                 begin
                                r_red <= 4'hF;    // white
                                r_blue <= 4'hF;
                                r_green <= 4'hF;
			                 end
			             else if(counter_x >= 370 && counter_x < 431)
			                 begin
                                r_red <= 4'hF;    // white
                                r_blue <= 4'hF;
                                r_green <= 4'hF;
			                 end
			             else if(counter_x >= 486 && counter_x < 498)
			                 begin
                                r_red <= 4'hF;    // white
                                r_blue <= 4'hF;
                                r_green <= 4'hF;
			                 end
			             else if(counter_x >= 535 && counter_x < 547)
			                 begin
                                r_red <= 4'hF;    // white
                                r_blue <= 4'hF;
                                r_green <= 4'hF;
			                 end
			             else if(counter_x >= 602 && counter_x < 663)
			                 begin
                                r_red <= 4'hF;    // white
                                r_blue <= 4'hF;
                                r_green <= 4'hF;
			                 end
			             else
			                 begin
                                r_red <= 4'hA;    // other
                                r_blue <= 4'hA;
                                r_green <= 4'h0;
			                 end
			         end
			     else if(counter_y >= 152 && counter_y < 170)
			         begin
			             if(counter_x < 254)
			                 begin
                                r_red <= 4'hA;    // other
                                r_blue <= 4'hA;
                                r_green <= 4'h0;
			                 end
			             else if(counter_x >= 315 && counter_x < 335)
			                 begin
                                r_red <= 4'hA;    // other
                                r_blue <= 4'hA;
                                r_green <= 4'h0;
			                 end
			             else if(counter_x >= 431 && counter_x < 451)
			                 begin
                                r_red <= 4'hA;    // other
                                r_blue <= 4'hA;
                                r_green <= 4'h0;
			                 end
			             else if(counter_x >= 547 && counter_x < 567)
			                 begin
                                r_red <= 4'hA;    // other
                                r_blue <= 4'hA;
                                r_green <= 4'h0;
			                 end			     
			             else if(counter_x >= 254 && counter_x < 274)
			                 begin
                                r_red <= 4'hF;    // white
                                r_blue <= 4'hF;
                                r_green <= 4'hF;
			                 end
			             else if(counter_x >= 370 && counter_x < 390)
			                 begin
                                r_red <= 4'hF;    // white
                                r_blue <= 4'hF;
                                r_green <= 4'hF;
			                 end
			             else if(counter_x >= 411 && counter_x < 431)
			                 begin
                                r_red <= 4'hF;    // white
                                r_blue <= 4'hF;
                                r_green <= 4'hF;
			                 end
			             else if(counter_x >= 486 && counter_x < 510)
			                 begin
                                r_red <= 4'hF;    // white
                                r_blue <= 4'hF;
                                r_green <= 4'hF;
			                 end
			             else if(counter_x >= 535 && counter_x < 547)
			                 begin
                                r_red <= 4'hF;    // white
                                r_blue <= 4'hF;
                                r_green <= 4'hF;
			                 end
			             else if(counter_x >= 602 && counter_x < 614)
			                 begin
                                r_red <= 4'hF;    // white
                                r_blue <= 4'hF;
                                r_green <= 4'hF;
			                 end
			             else 
			                 begin
                                r_red <= 4'hA;    // other
                                r_blue <= 4'hA;
                                r_green <= 4'h0;
			                 end
			         end
			     else if(counter_y >= 170 && counter_y < 187)
			         begin
			             if(counter_x < 254)
			                 begin
                                r_red <= 4'hA;    // other
                                r_blue <= 4'hA;
                                r_green <= 4'h0;
			                 end
			             else if(counter_x >= 315 && counter_x < 335)
			                 begin
                                r_red <= 4'hA;    // other
                                r_blue <= 4'hA;
                                r_green <= 4'h0;
			                 end
			             else if(counter_x >= 431 && counter_x < 451)
			                 begin
                                r_red <= 4'hA;    // other
                                r_blue <= 4'hA;
                                r_green <= 4'h0;
			                 end
			             else if(counter_x >= 547 && counter_x < 567)
			                 begin
                                r_red <= 4'hA;    // other
                                r_blue <= 4'hA;
                                r_green <= 4'h0;
			                 end			    
			             else if(counter_x >= 254 && counter_x < 315)
			                 begin
                                r_red <= 4'hF;    // white
                                r_blue <= 4'hF;
                                r_green <= 4'hF;
			                 end
			             else if(counter_x >= 370 && counter_x < 390)
			                 begin
                                r_red <= 4'hF;    // white
                                r_blue <= 4'hF;
                                r_green <= 4'hF;
			                 end   
			             else if(counter_x >= 411 && counter_x < 431)
			                 begin
                                r_red <= 4'hF;    // white
                                r_blue <= 4'hF;
                                r_green <= 4'hF;
			                 end
			             else if(counter_x >= 486 && counter_x < 498)
			                 begin
                                r_red <= 4'hF;    // white
                                r_blue <= 4'hF;
                                r_green <= 4'hF;
			                 end
			             else if(counter_x >= 510 && counter_x < 523)
			                 begin
                                r_red <= 4'hF;    // white
                                r_blue <= 4'hF;
                                r_green <= 4'hF;
			                 end
			             else if(counter_x >= 535 && counter_x < 547)
			                 begin
                                r_red <= 4'hF;    // white
                                r_blue <= 4'hF;
                                r_green <= 4'hF;
			                 end
			             else if(counter_x >= 602 && counter_x < 614)
			                 begin
                                r_red <= 4'hF;    // white
                                r_blue <= 4'hF;
                                r_green <= 4'hF;
			                 end
			             else if(counter_x >= 627 && counter_x < 663)
			                 begin
                                r_red <= 4'hF;    // white
                                r_blue <= 4'hF;
                                r_green <= 4'hF;
			                 end
			             else
			                 begin
                                r_red <= 4'hA;    // other
                                r_blue <= 4'hA;
                                r_green <= 4'h0;
			                 end
			         end 
			     else if(counter_y >= 187 && counter_y < 204)
			         begin
			             if(counter_x < 254)
			                 begin
                                r_red <= 4'hA;    // other
                                r_blue <= 4'hA;
                                r_green <= 4'h0;
			                 end
			             else if(counter_x >= 315 && counter_x < 335)
			                 begin
                                r_red <= 4'hA;    // other
                                r_blue <= 4'hA;
                                r_green <= 4'h0;
			                 end
			             else if(counter_x >= 431 && counter_x < 451)
			                 begin
                                r_red <= 4'hA;    // other
                                r_blue <= 4'hA;
                                r_green <= 4'h0;
			                 end
			             else if(counter_x >= 547 && counter_x < 567)
			                 begin
                                r_red <= 4'hA;    // other
                                r_blue <= 4'hA;
                                r_green <= 4'h0;
			                 end			    
			             else if(counter_x >= 295 && counter_x < 315)
			                 begin
                                r_red <= 4'hF;    // white
                                r_blue <= 4'hF;
                                r_green <= 4'hF;
			                 end
			             else if(counter_x >= 370 && counter_x < 390)
			                 begin
                                r_red <= 4'hF;    // white
                                r_blue <= 4'hF;
                                r_green <= 4'hF;
			                 end
			             else if(counter_x >= 411 && counter_x < 431)
			                 begin
                                r_red <= 4'hF;    // white
                                r_blue <= 4'hF;
                                r_green <= 4'hF;
			                 end
			             else if(counter_x >= 486 && counter_x < 498)
			                 begin
                                r_red <= 4'hF;    // white
                                r_blue <= 4'hF;
                                r_green <= 4'hF;
			                 end
			             else if(counter_x >= 523 && counter_x < 547)
			                 begin
                                r_red <= 4'hF;    // white
                                r_blue <= 4'hF;
                                r_green <= 4'hF;
			                 end
			             else if(counter_x >= 602 && counter_x < 614)
			                 begin
                                r_red <= 4'hF;    // white
                                r_blue <= 4'hF;
                                r_green <= 4'hF;
			                 end
			             else if(counter_x >= 652 && counter_x < 663)
			                 begin 
                                r_red <= 4'hF;    // white
                                r_blue <= 4'hF;
                                r_green <= 4'hF;
			                 end
			             else
			                 begin
                                r_red <= 4'hA;    // other
                                r_blue <= 4'hA;
                                r_green <= 4'h0;			                 
			                 end
			         end
			     else if(counter_y >= 204 && counter_y < 221)
			         begin
			             if(counter_x < 254)
			                 begin
                                r_red <= 4'hA;    // other
                                r_blue <= 4'hA;
                                r_green <= 4'h0;			                 
			                 end
			             else if(counter_x >= 315 && counter_x < 335)
			                 begin
                                r_red <= 4'hA;    // other
                                r_blue <= 4'hA;
                                r_green <= 4'h0;			                 
                             end
			             else if(counter_x >= 431 && counter_x < 451)
			                 begin
                                r_red <= 4'hA;    // other
                                r_blue <= 4'hA;
                                r_green <= 4'h0;			                 
			                 end
			             else if(counter_x >= 547 && counter_x < 567)
			                 begin
                                r_red <= 4'hA;    // other
                                r_blue <= 4'hA;
                                r_green <= 4'h0;
			                 end			
			             else if(counter_x >= 254 && counter_x < 315)
			                 begin
                                r_red <= 4'hF;    // white
                                r_blue <= 4'hF;
                                r_green <= 4'hF;
			                 end
			             else if(counter_x >= 370 && counter_x < 431)
			                 begin
                                r_red <= 4'hF;    // white
                                r_blue <= 4'hF;
                                r_green <= 4'hF;
			                 end             
			             else if(counter_x >= 486 && counter_x < 498)
			                 begin
                                r_red <= 4'hF;    // white
                                r_blue <= 4'hF;
                                r_green <= 4'hF;
			                 end
			             else if(counter_x >= 535 && counter_x < 547)
			                 begin
                                r_red <= 4'hF;    // white
                                r_blue <= 4'hF;
                                r_green <= 4'hF;
			                 end
			             else if( counter_x >= 602 && counter_x < 663)
			                 begin 
                                r_red <= 4'hF;    // white
                                r_blue <= 4'hF;
                                r_green <= 4'hF;
			                 end
			             else
			                 begin
                                r_red <= 4'hA;    // other
                                r_blue <= 4'hA;
                                r_green <= 4'h0;
			                 end
			         end   
			  else if(counter_y >= 221 && counter_y < 277)
                    begin 
                                r_red <= 4'hA;    // other
                                r_blue <= 4'hA;
                                r_green <= 4'h0;                          
                    end    
             else if(counter_y >= 277 && counter_y < 294)
                    begin
                        if(counter_x < 444) 
                            begin
                                r_red <= 4'hA;    // other
                                r_blue <= 4'hA;
                                r_green <= 4'h0;
                            end
                        else if(counter_x >= 444 && counter_x < 505)
                            begin
                                r_red <= 4'hF;    // white
                                r_blue <= 4'hF;
                                r_green <= 4'hF;
                            end  
                        else
                            begin
                                r_red <= 4'hA;    // other
                                r_blue <= 4'hA;
                                r_green <= 4'h0;
                            end
                    end
              else if(counter_y >= 294 && counter_y < 311)
                    begin
                        if(counter_x < 444)
                            begin
                                r_red <= 4'hA;    // other
                                r_blue <= 4'hA;
                                r_green <= 4'h0;
                            end
                        else if(counter_x >= 485 && counter_x < 505)
                            begin
                                r_red <= 4'hF;    // white
                                r_blue <= 4'hF;
                                r_green <= 4'hF;
                            end
                        else
                            begin
                                r_red <= 4'hA;    // other
                                r_blue <= 4'hA;
                                r_green <= 4'h0;
                            end
                    end
              else if(counter_y >= 311 && counter_y < 328)
                    begin
                        if(counter_x < 444)
                            begin
                                r_red <= 4'hA;    // other
                                r_blue <= 4'hA;
                                r_green <= 4'h0;
                            end
                        else if(counter_x >= 444 && counter_x < 505)
                            begin
                                r_red <= 4'hF;    // white
                                r_blue <= 4'hF;
                                r_green <= 4'hF;
                            end                 
                        else
                            begin
                                r_red <= 4'hA;    // other
                                r_blue <= 4'hA;
                                r_green <= 4'h0;                            
                            end   
                    end
              else if(counter_y >= 328 && counter_y < 345)
                begin
                        if(counter_x < 444)
                            begin
                                r_red <= 4'hA;    // other
                                r_blue <= 4'hA;
                                r_green <= 4'h0;
                            end
                        else if(counter_x >= 485 && counter_x < 505)
                            begin
                                r_red <= 4'hF;    // white
                                r_blue <= 4'hF;
                                r_green <= 4'hF;                            
                            end                
                        else
                            begin
                                r_red <= 4'hA;    // other
                                r_blue <= 4'hA;
                                r_green <= 4'h0;
                            end
                end
             else if(counter_y >= 345 && counter_y < 362)
                begin
                        if(counter_x < 444)
                            begin
                                r_red <= 4'hA;    // other
                                r_blue <= 4'hA;
                                r_green <= 4'h0;
                            end
                        else if(counter_x >= 444 && counter_x < 505)
                            begin
                                r_red <= 4'hF;    // white
                                r_blue <= 4'hF;
                                r_green <= 4'hF;
                            end
                        else
                            begin
                                r_red <= 4'hA;    // other
                                r_blue <= 4'hA;
                                r_green <= 4'h0;
                            end
                end      			
			endcase
			end
	// end pattern generate

	/////////////////////////////////////////////////////////////////////////////////////////////////////////////////////////////////
	// color output assignments
	// only output the colors if the counters are within the adressable video time constraints
	assign o_red = (counter_x > 144 && counter_x <= 783 && counter_y > 35 && counter_y <= 514) ? r_red : 4'h0;
	assign o_blue = (counter_x > 144 && counter_x <= 783 && counter_y > 35 && counter_y <= 514) ? r_blue : 4'h0;
	assign o_green = (counter_x > 144 && counter_x <= 783 && counter_y > 35 && counter_y <= 514) ? r_green : 4'h0;
	// end color output assignments
	
endmodule  // VGA_image_gen